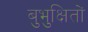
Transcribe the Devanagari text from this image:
बुभुक्षितों